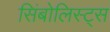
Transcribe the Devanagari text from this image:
सिंबोलिस्ट्स